Civil Veterinary Dept. North-West Frontier Province 1933-46 - 1933-1946
Year: 1933
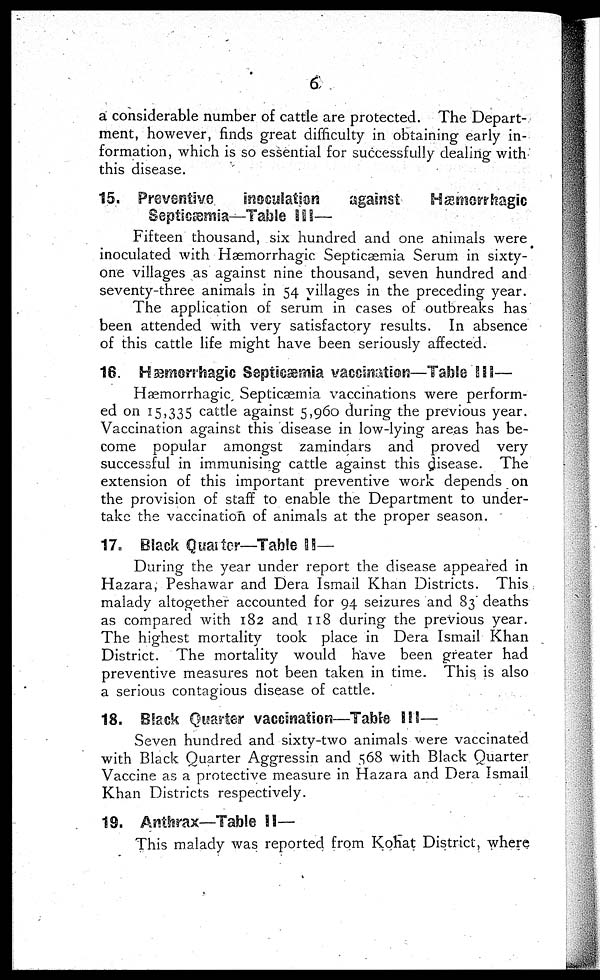
6
a considerable number of cattle are protected. The Depart-
ment, however, finds great difficulty in obtaining early in-
formation, which is so essential for successfully dealing with
this disease.
15. Preventive
inoculation
against
Hæmorrhagic
Septiæmia—Table III—
Fifteen thousand, six hundred and one animals were
inoculated with Hæmorrhagic Septicæmia Serum in sixty-
one villages as against nine thousand, seven hundred and
seventy-three animals in 54 villages in the preceding year.
The application of serum in cases of outbreaks has
been attended with very satisfactory results. In absence
of this cattle life might have been seriously affected.
16. Hæmorrhagic Septicæmia vaccination—Table III—
Hæmorrhagic Septicæmia vaccinations were perform-
ed on 15,335 cattle against 5,960 during the previous year.
Vaccination against this disease in low-lying areas has be-
come popular amongst zamindars and proved very
successful in immunising cattle against this disease. The
extension of this important preventive work depends on
the provision of staff to enable the Department to under-
take the vaccination of animals at the proper season.
17. Black Quarter—Table II—
During the year under report the disease appeared in
Hazara, Peshawar and Dera Ismail Khan Districts. This
malady altogether accounted for 94 seizures and 83 deaths
as compared with 182 and 118 during the previous year.
The highest mortality took place in Dera Ismail Khan
District. The mortality would have been greater had
preventive measures not been taken in time. This is also
a serious contagious disease of cattle.
18. Black Quarter vaccination—Table III—
Seven hundred and sixty-two animals were vaccinated
with Black Quarter Aggressin and 568 with Black Quarter
Vaccine as a protective measure in Hazara and Dera Ismail
Khan Districts respectively.
19. Anthrax—Table II—
This malady was reported from Kohat District, where